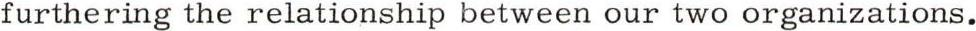
furthering the relationship between our two organizations.